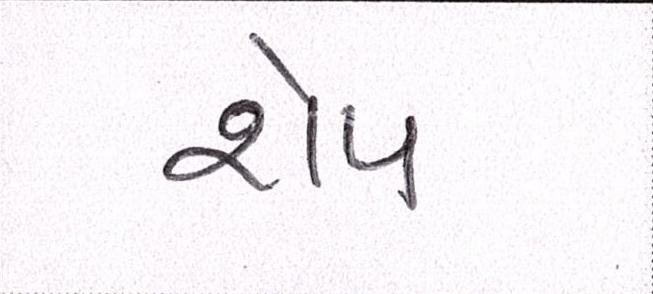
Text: શેપ